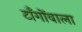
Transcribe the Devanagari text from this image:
टाँगोंवाला